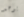
يوجد